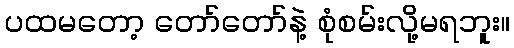
ပထမတော့ တော်တော်နဲ့ စုံစမ်းလို့မရဘူး။